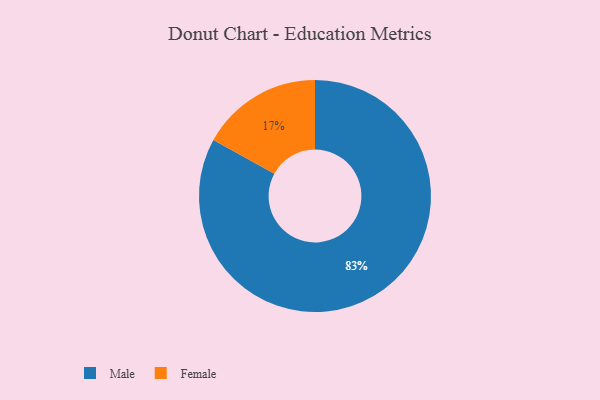
{"axis": {"x": "Category", "y": "Percentage"}, "legend": ["Female", "Male"], "data": [{"x": "Female", "y": 17, "type": "Female"}, {"x": "Male", "y": 83, "type": "Male"}]}